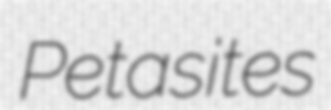
Petasites